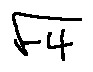
\sqrt { - 4 }